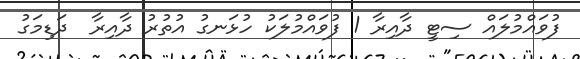
ފުވައްމުލައް ސިޓީ ދާއިރާ 1 ފުވައްމުލަކު ހުޅަނގު އުތުރު ދާއިރާ  ދަޑިމަގު